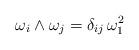
LaTeX: \begin{align*}\omega_i\wedge\omega_j = \delta_{ij}\,\omega_1^2\end{align*}